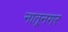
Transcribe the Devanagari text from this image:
नातूनगर